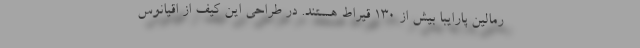
رمالین پارایبا بیش از ۱۳۰ قیراط هستند. در طراحی این کیف از اقیانوس